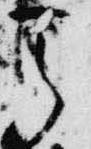
天